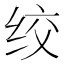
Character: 绞